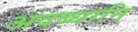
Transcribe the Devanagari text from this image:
अदब्धानि